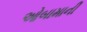
ઓબામાની